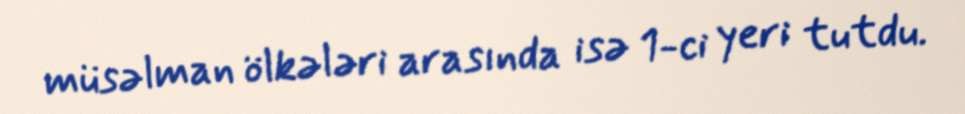
müsəlman ölkələri arasında isə 1-ci yeri tutdu.